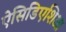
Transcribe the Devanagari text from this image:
ऐसिडिएशिआ